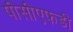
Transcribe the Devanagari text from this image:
पीसीएफडी